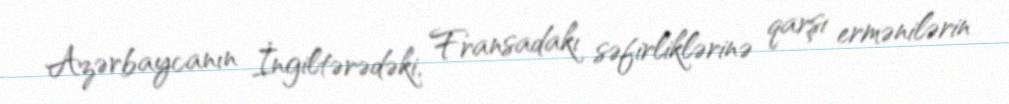
Azərbaycanın İngiltərədəki, Fransadakı səfirliklərinə qarşı ermənilərin